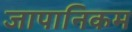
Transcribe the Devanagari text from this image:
जापानिकम